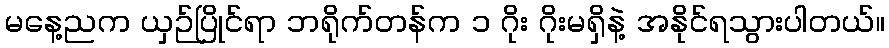
မနေ့ညက ယှဉ်ပြိုင်ရာ ဘရိုက်တန်က ၁ ဂိုး ဂိုးမရှိနဲ့ အနိုင်ရသွားပါတယ်။